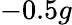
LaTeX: -0.5g